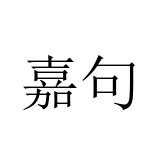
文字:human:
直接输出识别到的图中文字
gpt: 嘉句